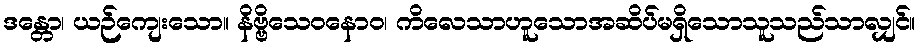
ဒန္တော၊ ယဉ်ကျေးသော။ နိဗ္ဗိသေဝနောဝ၊ ကိလေသာဟူသောအဆိပ်မရှိသောသူသည်သာလျှင်။